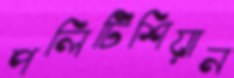
পলিটিশিয়ান